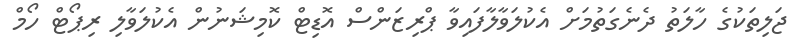
ޖަލިތަކުގެ ހާލަތު ދެނެގަތުމަށް އެކުލަވާލާފައިވާ ޕްރިޒަންސް އޮޑިޓް ކޮމިޝަނުން އެކުލަވާލި ރިޕޯޓް ހޯމް